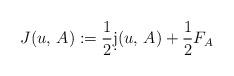
LaTeX: \begin{align*} J(u, \, A) := \frac{1}{2}\d j(u, \, A) + \frac{1}{2}F_A\end{align*}